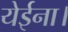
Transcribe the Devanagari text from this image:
येईना।